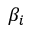
\beta _ { i }